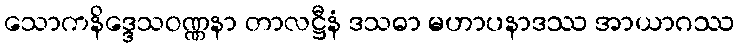
သောကနိဒ္ဒေသဝဏ္ဏနာ တာလဋ္ဌီနံ ဒသဓာ မဟာပနာဒဿ အာယာဂဿ